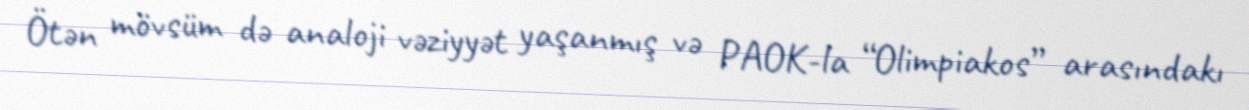
Ötən mövsüm də analoji vəziyyət yaşanmış və PAOK-la “Olimpiakos” arasındakı